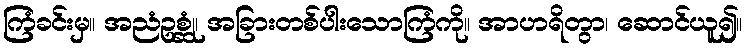
ကြံခင်းမှ။ အညံဥစ္ဆုံ၊ အခြားတစ်ပါးသောကြံကို။ အာဟရိတွာ၊ ဆောင်ယူ၍။